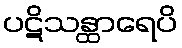
ပဋိသန္ထာရေပိ